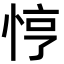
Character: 悙